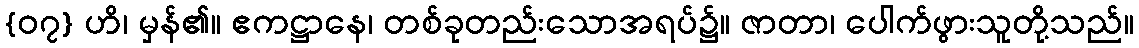
{၀၇} ဟိ၊ မှန်၏။ ဧကဋ္ဌာနေ၊ တစ်ခုတည်းသောအရပ်၌။ ဇာတာ၊ ပေါက်ဖွားသူတို့သည်။